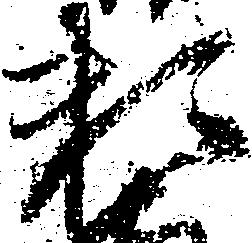
頼